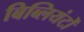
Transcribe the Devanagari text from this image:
बिब्लियंटों